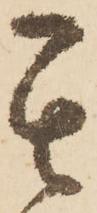
其